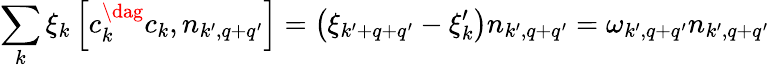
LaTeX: \sum_{k}\xi_{k}\left[c_{k}^{\dag}c_{k},n_{k^{\prime},q+q^{\prime}}\right]=\left(\xi_{k^{\prime}+q+q^{\prime}}-\xi_{k}^{\prime}\right)n_{k^{\prime},q+q^{\prime}}=\omega_{k^{\prime},q+q^{\prime}}n_{k^{\prime},q+q^{\prime}}